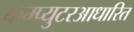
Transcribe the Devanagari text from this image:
कम्प्युटरआधारित